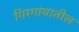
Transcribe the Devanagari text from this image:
गिरगांवातील